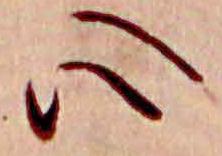
心